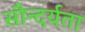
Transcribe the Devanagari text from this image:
सौन्‍दर्यता